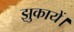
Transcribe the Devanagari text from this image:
झुकायें।